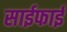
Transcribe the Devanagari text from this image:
साईफाई